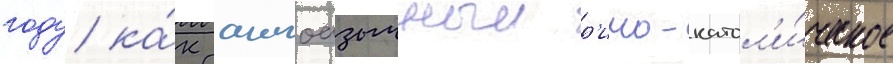
году ка́к англоазычныи р'имо-катол'и́ческое